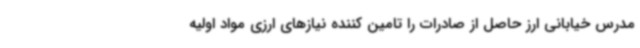
مدرس خیابانی ارز حاصل از صادرات را تامین کننده نیازهای ارزی مواد اولیه